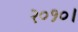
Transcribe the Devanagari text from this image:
२०१०।